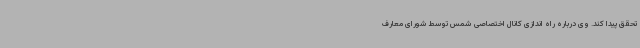
تحقق پیدا کند. وی درباره راه اندازی کانال اختصاصی شمس توسط شورای معارف